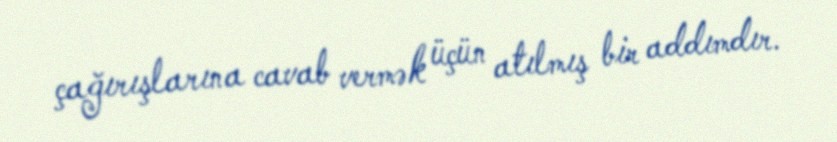
çağırışlarına cavab vermək üçün atılmış bir addımdır.